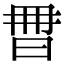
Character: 𣆩